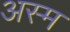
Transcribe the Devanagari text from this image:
अस्म